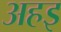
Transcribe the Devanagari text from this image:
अहइ